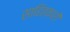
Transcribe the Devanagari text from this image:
साहित्कारों